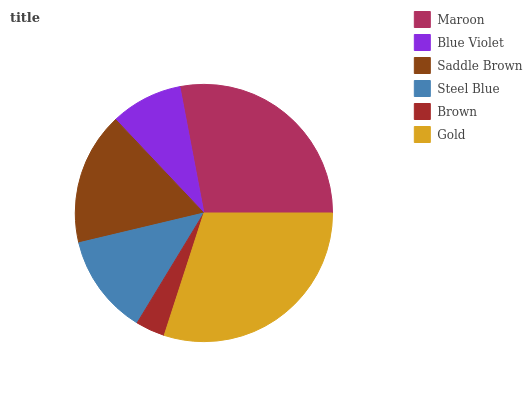
| Maroon | Blue Violet | Saddle Brown | Steel Blue | Brown | Gold |
 | --- | --- | --- | --- | --- | --- |
 | 28% | 9.06% | 16.7% | 12.6% | 3.69% | 29.9% |